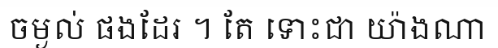
ចម្ងល់ ផងដែរ ។ តែ ទោះជា យ៉ាងណា